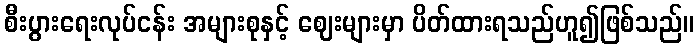
စီးပွားရေးလုပ်ငန်း အများစုနှင့် ဈေးများမှာ ပိတ်ထားရသည်ဟူ၍ဖြစ်သည်။